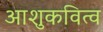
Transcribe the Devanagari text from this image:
आशुकवित्व